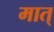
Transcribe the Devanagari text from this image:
मात्